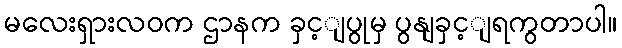
မလေးရှားလဝက ဌာနက ခှင့ျပွုမှ ပွနျခှင့ျရကွတာပါ။